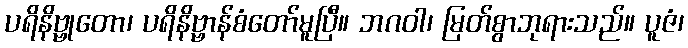
ပရိနိဗ္ဗုတော၊ ပရိနိဗ္ဗာန်စံတော်မူပြီ။ ဘဂဝါ၊ မြတ်စွာဘုရားသည်။ ပူဇံ၊